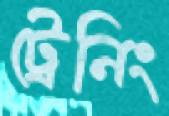
ট্রেনিং